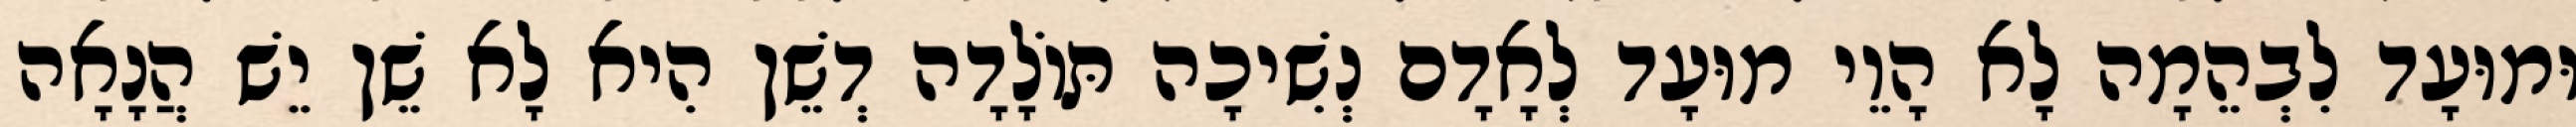
וּמוּעָד לִבְהֵמָה לָא הָוֵי מוּעָד לְאָדָם נְשִׁיכָה תּוֹלָדָה דְשֵׁן הִיא לָא שֵׁן יֵשׁ הֲנָאָה